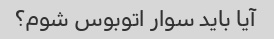
آیا باید سوار اتوبوس شوم؟